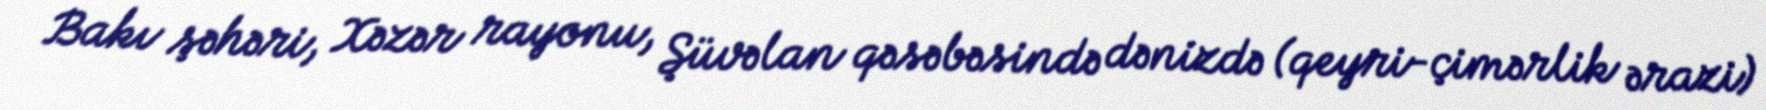
Bakı şəhəri, Xəzər rayonu, Şüvəlan qəsəbəsində dənizdə (qeyri-çimərlik ərazi)